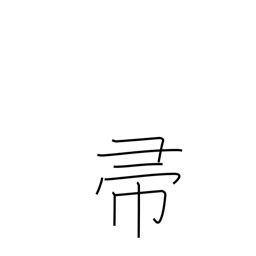
Meaning: broom